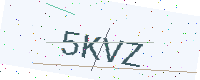
Text: 5KVZ